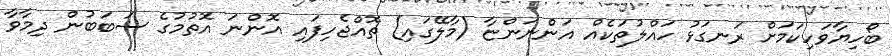
ބޯހިޔާވަހިކަމަށް ރަނގަޅު ހައްލުތަކެއް އަންނަންޏާ (މާލޭގައި) ތޮއްޖެހިފައި އޮންނަ އޮތުމުގެ ސަބަބުން ދިމާވާ